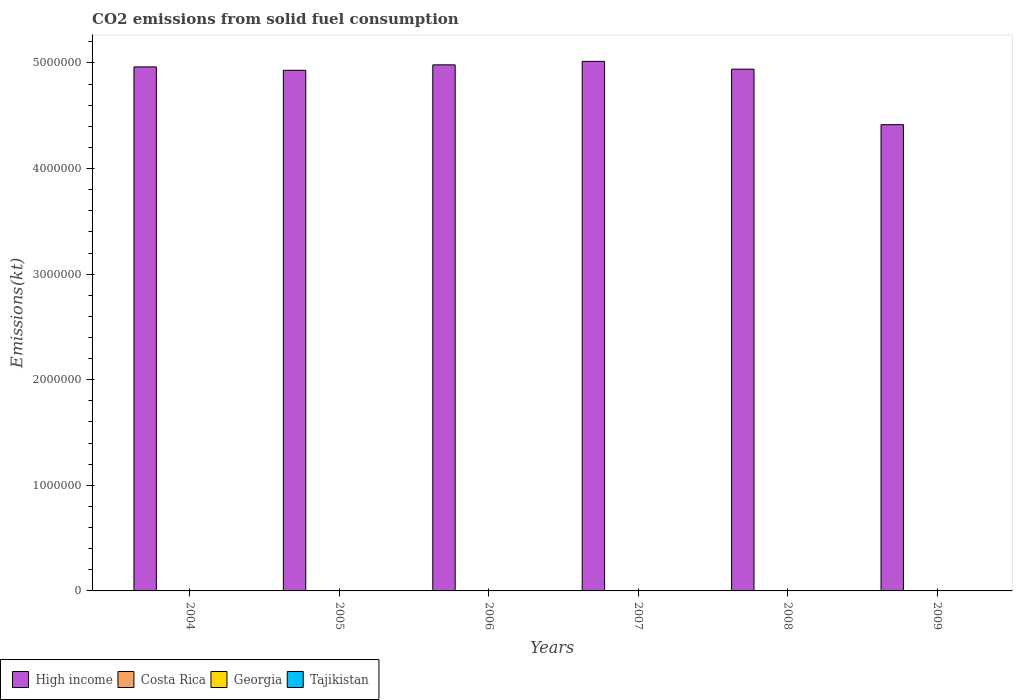
| Years | High income | Costa Rica | Georgia | Tajikistan |
 | --- | --- | --- | --- | --- |
 | 2004 | 4.96e+06 | 308 | 172 | 161 |
 | 2005 | 4.93e+06 | 128 | 180 | 169 |
 | 2006 | 4.98e+06 | 147 | 180 | 176 |
 | 2007 | 5.02e+06 | 297 | 381 | 304 |
 | 2008 | 4.94e+06 | 293 | 708 | 330 |
 | 2009 | 4.42e+06 | 253 | 620 | 297 |